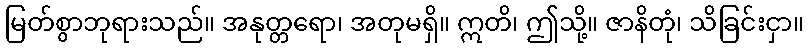
မြတ်စွာဘုရားသည်။ အနုတ္တရော၊ အတုမရှိ။ ဣတိ၊ ဤသို့။ ဇာနိတုံ၊ သိခြင်းငှာ။